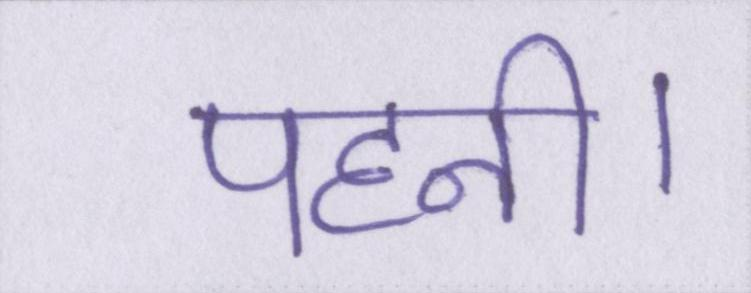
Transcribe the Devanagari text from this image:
पहनी।